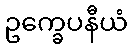
ဥက္ခေပနီယံ